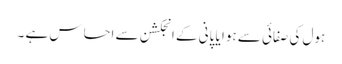
ہول کی صفائی سے ہوا یا پانی کے انجکشن سے احساس ہے ۔